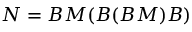
N = B M ( B ( B M ) B )